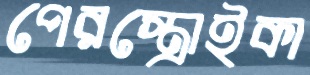
পেরস্ত্রোইকা